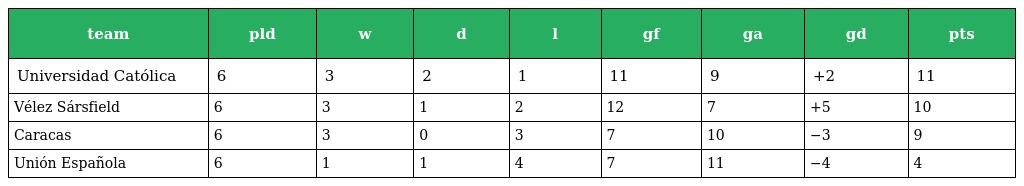
| team | pld | w | d | l | gf | ga | gd | pts |
 | --- | --- | --- | --- | --- | --- | --- | --- | --- |
 | Universidad Católica | 6 | 3 | 2 | 1 | 11 | 9 | +2 | 11 |
 | Vélez Sársfield | 6 | 3 | 1 | 2 | 12 | 7 | +5 | 10 |
 | Caracas | 6 | 3 | 0 | 3 | 7 | 10 | −3 | 9 |
 | Unión Española | 6 | 1 | 1 | 4 | 7 | 11 | −4 | 4 |